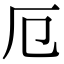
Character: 厄